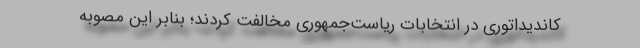
کاندیداتوری در انتخابات ریاست‌جمهوری مخالفت کردند؛ بنابر این مصوبه